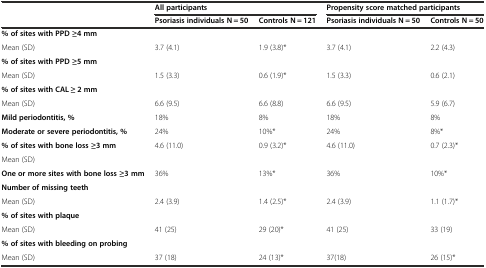
<table><thead><tr><td rowspan="2"></td><td colspan="2"><b>All participants</b></td><td colspan="2"><b>Propensity score matched participants</b></td></tr><tr><td><b>Psoriasis individuals N = 50</b></td><td><b>Controls N = 121</b></td><td><b>Psoriasis individuals N = 50</b></td><td><b>Controls N = 50</b></td></tr></thead><tbody><tr><td><b>% of sites with PPD ≥4 mm</b></td><td></td><td></td><td></td><td></td></tr><tr><td>Mean (SD)</td><td>3.7 (4.1)</td><td>1.9 (3.8)*</td><td>3.7 (4.1)</td><td>2.2 (4.3)</td></tr><tr><td><b>% of sites with PPD ≥5 mm</b></td><td></td><td></td><td></td><td></td></tr><tr><td>Mean (SD)</td><td>1.5 (3.3)</td><td>0.6 (1.9)*</td><td>1.5 (3.3)</td><td>0.6 (2.1)</td></tr><tr><td><b>% of sites with CAL ≥ 2 mm</b></td><td></td><td></td><td></td><td></td></tr><tr><td>Mean (SD)</td><td>6.6 (9.5)</td><td>6.6 (8.8)</td><td>6.6 (9.5)</td><td>5.9 (6.7)</td></tr><tr><td><b>Mild periodontitis, %</b></td><td>18%</td><td>8%</td><td>18%</td><td>8%</td></tr><tr><td><b>Moderate or severe periodontitis, %</b></td><td>24%</td><td>10%*</td><td>24%</td><td>8%*</td></tr><tr><td><b>% of sites with bone loss ≥3 mm</b></td><td>4.6 (11.0)</td><td>0.9 (3.2)*</td><td>4.6 (11.0)</td><td>0.7 (2.3)*</td></tr><tr><td>Mean (SD)</td><td></td><td></td><td></td><td></td></tr><tr><td><b>One or more sites with bone loss ≥3 mm</b></td><td>36%</td><td>13%*</td><td>36%</td><td>10%*</td></tr><tr><td><b>Number of missing teeth</b></td><td></td><td></td><td></td><td></td></tr><tr><td>Mean (SD)</td><td>2.4 (3.9)</td><td>1.4 (2.5)*</td><td>2.4 (3.9)</td><td>1.1 (1.7)*</td></tr><tr><td><b>% of sites with plaque</b></td><td></td><td></td><td></td><td></td></tr><tr><td>Mean (SD)</td><td>41 (25)</td><td>29 (20)*</td><td>41 (25)</td><td>33 (19)</td></tr><tr><td><b>% of sites with bleeding on probing</b></td><td></td><td></td><td></td><td></td></tr><tr><td>Mean (SD)</td><td>37 (18)</td><td>24 (13)*</td><td>37(18)</td><td>26 (15)*</td></tr></tbody></table>